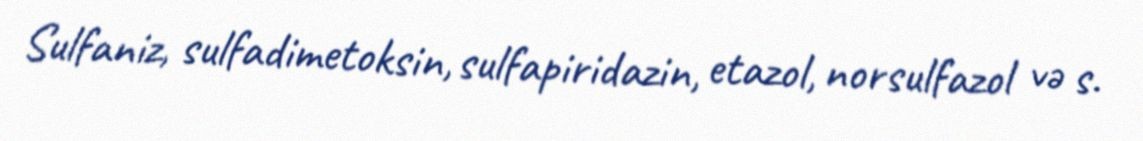
Sulfaniz, sulfadimetoksin, sulfapiridazin, etazol, norsulfazol və s.